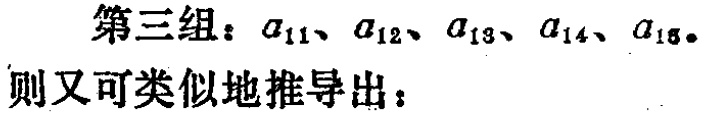
第三组：\(a_{11}、a_{12}、a_{13}、a_{14}、a_{15}\)。

则又可类似地推导出：